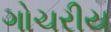
ગોચરીય